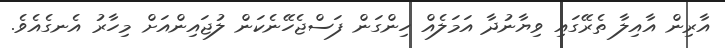
އާރިން އާއިލާ ތެރޭގައި ވިޔާނުދާ އަމަލެއް ހިންގަން ފަސްޖެހޭނެކަން ލުޖައިންއަށް މިހާރު އެނގެއެވެ.